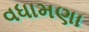
વધામણા